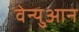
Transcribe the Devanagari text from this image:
वेन्युआन